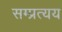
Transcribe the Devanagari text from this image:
सम्प्रत्यय